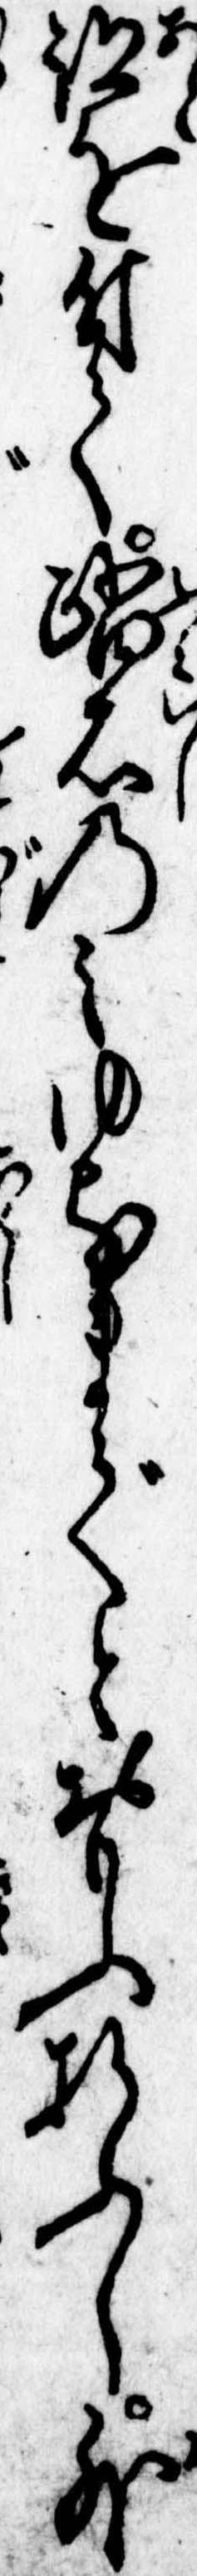
跡を付て踏石のみゆるまでとおもふ折ふし外